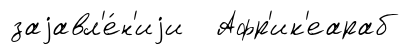
заjавл'е́н'иjи Афр'ик'еараб